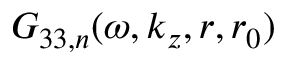
G _ { 3 3 , n } ( \omega , k _ { z } , r , r _ { 0 } )